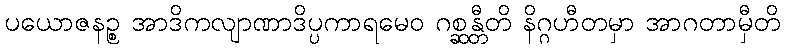
ပယောဇနဉ္စ အာဒိကလျာဏာဒိပ္ပကာရမေဝ ဂစ္ဆန္တီတိ နိဂ္ဂဟီတမှာ အာဂတာမှီတိ